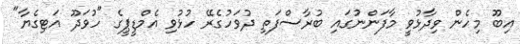
އިބޫ މިހެން ވިދާޅުވީ މާފަންނުގައި ބުރާސްފަތި ދުވަހުގެރޭ ހުޅުވި އެމްޑީޕީގެ "ހުވަދޫ އަޓިގެޔާ"